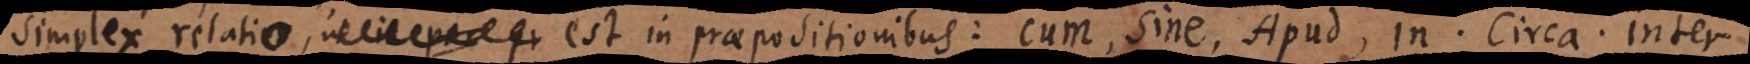
Simplex relatio est in praepositionibus: Cum, Sine, Apud, In. Circa. Inter